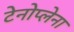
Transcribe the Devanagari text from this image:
टेनोप्लेना